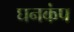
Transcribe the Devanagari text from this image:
घनकंप